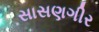
સાસણગીર